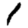
Digit: 1